Vaccination in the Punjab 1883-1896 - 1883-1896
Year: 1883
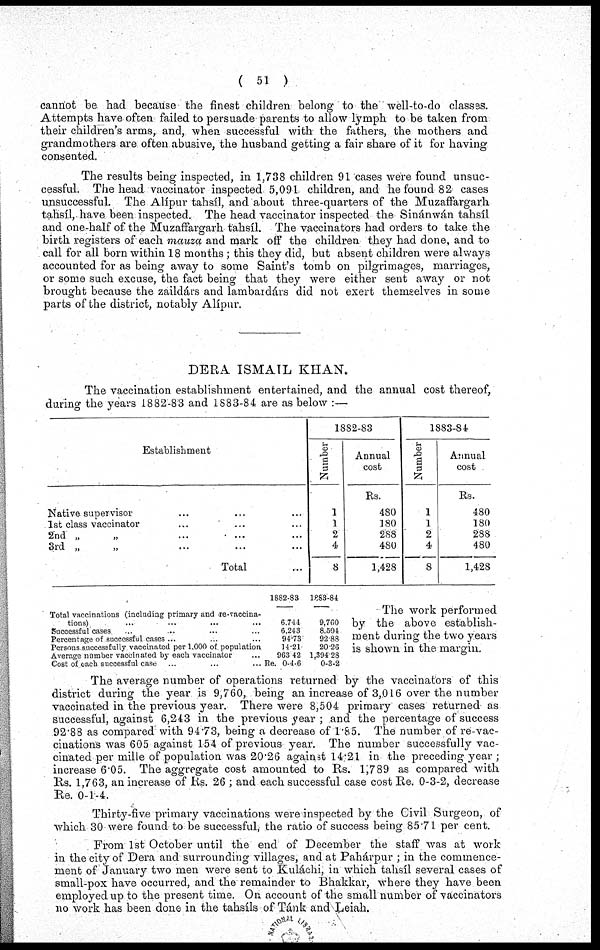
( 51 )
cannot be had because the finest children belong to the well-to-do classes.
Attempts have often failed to persuade parents to allow lymph to be taken from
their children's arms, and, when successful with the fathers, the mothers and
grandmothers are often abusive, the husband getting a fair share of it for having
consented.
The results being inspected, in 1,738 children 91 cases were found unsuc-
cessful. The head vaccinator inspected 5,091 children, and he found 82 cases
unsuccessful. The Alípur tahsíl, and about three-quarters of the Muzaffargarh
tahsíl, have been inspected. The head vaccinator inspected the Sinánwán tahsíl
and one-half of the Muzaffargarh tahsíl. The vaccinators had orders to take the
birth registers of each mauza and mark off the children they had done, and to
call for all born within 18 months ; this they did, but absent children were always
accounted for as being away to some Saint's tomb on pilgrimages, marriages,
or some such excuse, the fact being that they were either sent away or not
brought because the zaildárs and lambardárs did not exert themselves in some
parts of the district, notably Alípur.
DERA ISMAIL KHAN.
The vaccination establishment entertained, and the annual cost thereof,
during the years 1882-83 and 1883-84 are as below :—
Establishment
Native supervisor ... ... ...
1st class vaccinator ... ... ...
2nd „ „ ... ... ...
3rd „ „ ... ... ...
Total ...
1882-83
Number
1
1
2
4
8
Annual
cost
Rs.
480
180
2S8
480
1,428
1883-84
Number
1
1
2
4
8
Annual
cost
Rs.
480
180
288
480
1,428
Total vaccinations (including primary and re-vaccina-
tions) ... ... ... ...
Successful cases ... ... ... ...
Percentage of successful cases ... ... ... ...
Persons successfully vaccinated per 1,000 of population
Average number vaccinated by each vaccinator ... ...
Cost of each successful case ... ... ... ...
1882-83
6,744
6,243
94.73
14.21
963.42
Re. 0-4-6
1883-84
9,760
8,504
92.88
20.26
1,394.28
0-3-2
The work performed
by the above establish-
ment during the two years
is shown in the margin.
The average number of operations returned by the vaccinators of this
district during the year is 9,760, being an increase of 3,016 over the number
vaccinated in the previous year. There were 8,504 primary cases returned as
successful, against 6,243 in the previous year ; and the percentage of success
92.88 as compared with 94.73, being a decrease of 1.85. The number of re-vac-
cinations was 605 against 154 of previous year. The number successfully vac-
cinated per mille of population was 20.26 against 14.21 in the preceding year ;
increase 6.05. The aggregate cost amounted to Rs. 1;789 as compared with
Rs. 1,763, an increase of Rs. 26; and each successful case cost Re. 0-3-2, decrease
Re. 0-1-4.
Thirty-five primary vaccinations were inspected by the Civil Surgeon, of
which 30 were found to be successful, the ratio of success being 85.71 per cent.
From 1st October until the end of December the staff was at work
in the city of Dera and surrounding villages, and at Pahárpur ; in the commence-
ment of January two men were sent to Kuláchi, in which tahsíl several cases of
small-pox have occurred, and the remainder to Bhakkar, where they have been
employed up to the present time. On account of the small number of vaccinators
no work has been done in the tahsíls of Tánk and Leiah.